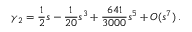
\gamma _ { 2 } = \frac { 1 } { 2 } s - \frac { 1 } { 2 0 } s ^ { 3 } + \frac { 6 4 1 } { 3 0 0 0 } s ^ { 5 } + O ( s ^ { 7 } ) \, .